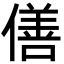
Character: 僐